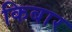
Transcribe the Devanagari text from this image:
किबार